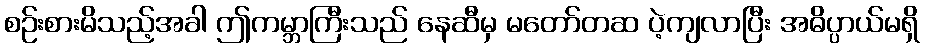
စဉ်းစားမိသည့်အခါ ဤကမ္ဘာကြီးသည် နေဆီမှ မတော်တဆ ပဲ့ကျလာပြီး အဓိပ္ပာယ်မရှိ